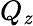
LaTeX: Q_{\mathit{z}}